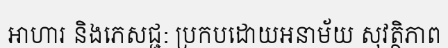
អាហារ និងភេសជ្ជ: ប្រកបដោយអនាម័យ សុវត្ថិភាព